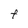
Character: F